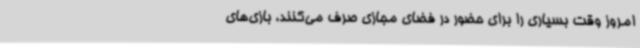
امروز وقت بسیاری را برای حضور در فضای مجازی صرف می‌کنند، بازی‌های